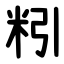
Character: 粌